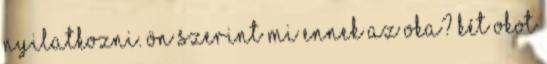
nyilatkozni. Ön szerint mi ennek az oka? Két okot